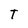
Character: T